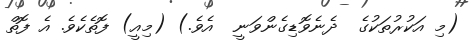
(މި އަކުރުތަކުގެ  ދެނެވޮޑިގެންވަނީ  އެވެ.) (މިއީ) ފޮތެކެވެ. އެ ފޮތް